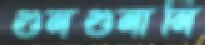
গুনগুনানি